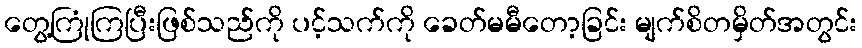
တွေ့ကြုံကြပြီးဖြစ်သည်ကို ပင့်သက်ကို ခေတ်မမီတော့ခြင်း မျက်စိတမှိတ်အတွင်း